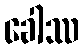
ခေါဿ